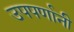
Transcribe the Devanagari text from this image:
उपपर्णानी